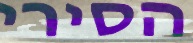
הסירי